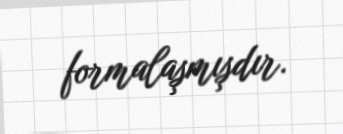
formalaşmışdır.